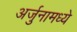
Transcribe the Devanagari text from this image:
अर्जुनामध्ये